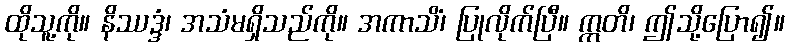
ထိုသူ့ကို။ နိဿဒ္ဒံ၊ အသံမရှိသည်ကို။ အကာသိံ၊ ပြုလိုက်ပြီ။ ဣတိ၊ ဤသို့ပြော၍။